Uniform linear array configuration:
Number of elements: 12
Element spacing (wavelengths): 1
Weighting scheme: hamming
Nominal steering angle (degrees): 15
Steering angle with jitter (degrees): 14.697
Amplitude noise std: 0.05
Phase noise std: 0.05

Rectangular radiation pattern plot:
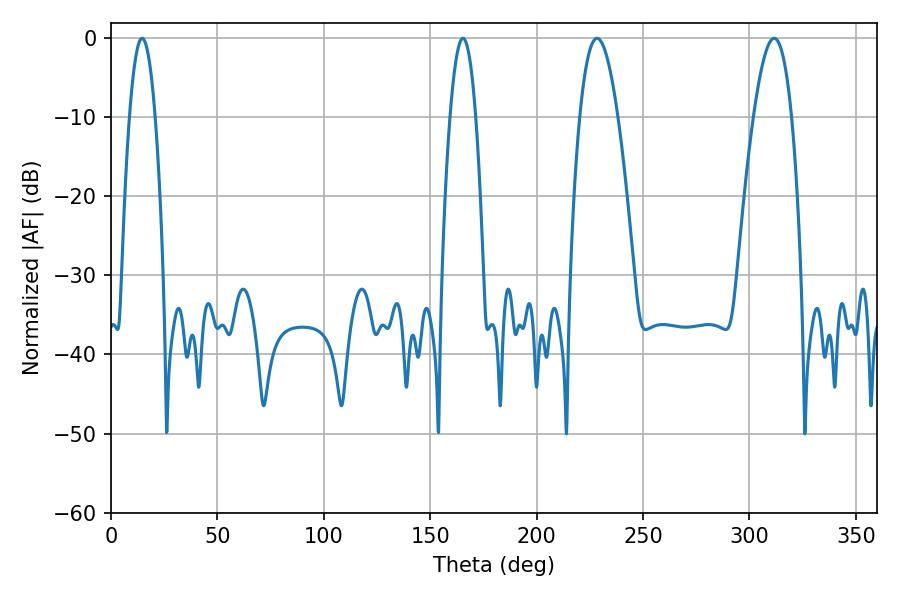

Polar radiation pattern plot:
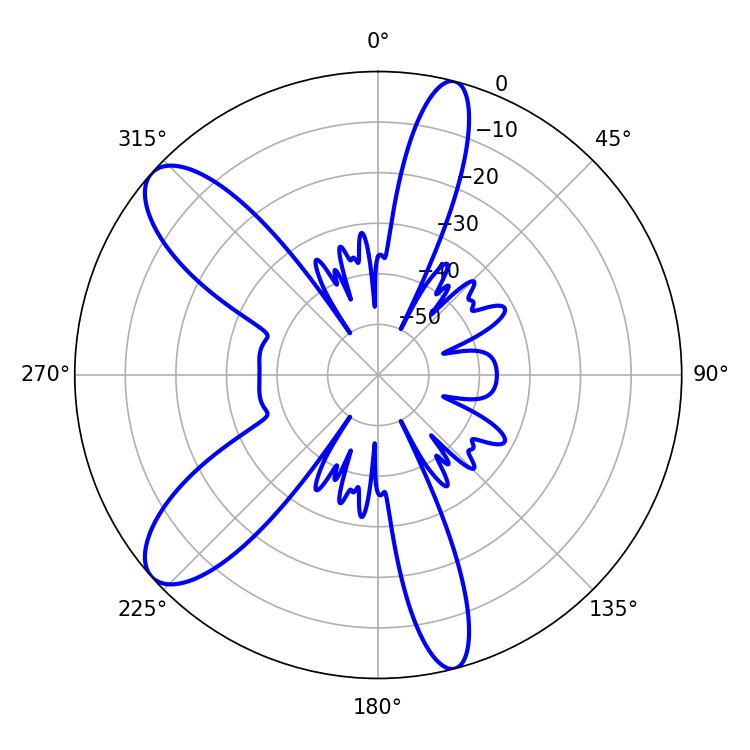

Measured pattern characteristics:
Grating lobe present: TRUE
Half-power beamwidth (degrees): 9.72
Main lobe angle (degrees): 228.42